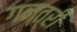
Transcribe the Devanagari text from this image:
गन्त्री